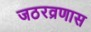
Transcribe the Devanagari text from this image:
जठरव्रणास